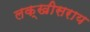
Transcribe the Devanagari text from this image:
लक्‍खीसराय